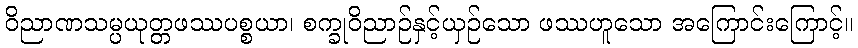
ဝိညာဏသမ္ပယုတ္တဖဿပစ္စယာ၊ စက္ခုဝိညာဉ်နှင့်ယှဉ်သော ဖဿဟူသော အကြောင်းကြောင့်။